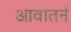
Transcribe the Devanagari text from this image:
आवातनं